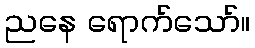
ညနေ ရောက်သော်။